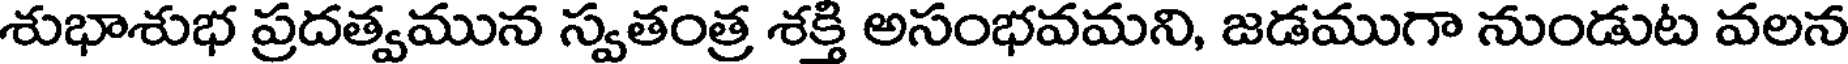
శుభాశుభ ప్రదత్వమున స్వతంత్ర శక్తి అసంభవమని, జడముగా నుండుట వలన